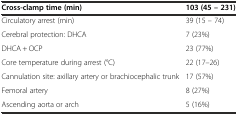
<table><thead><tr><td><b>Cross-clamp time (min)</b></td><td><b>103 (45 – 231)</b></td></tr></thead><tbody><tr><td>Circulatory arrest (min)</td><td>39 (15 – 74)</td></tr><tr><td>Cerebral protection: DHCA</td><td>7 (23%)</td></tr><tr><td>DHCA + OCP</td><td>23 (77%)</td></tr><tr><td>Core temperature during arrest (°C)</td><td>22 (17–26)</td></tr><tr><td>Cannulation site: axillary artery or brachiocephalic trunk</td><td>17 (57%)</td></tr><tr><td>Femoral artery</td><td>8 (27%)</td></tr><tr><td>Ascending aorta or arch</td><td>5 (16%)</td></tr></tbody></table>